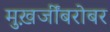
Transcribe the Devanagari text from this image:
मुख़र्जींबरोबर